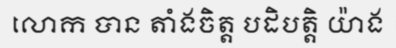
លោក បាន តាំងចិត្ត បដិបត្តិ យ៉ាង